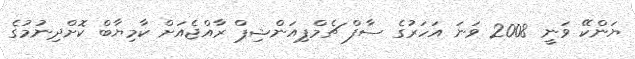
ޔަންކޭ ވަނީ 2008 ވަނަ އަހަރުގެ ސާފް ޗެމްޕިއަންޝިޕް ރާއްޖެއަށް ކާމިޔާބް ކޮށްދިނުމުގެ